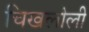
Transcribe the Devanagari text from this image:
चिखलोली